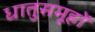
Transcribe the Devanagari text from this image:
धातुसमूहों